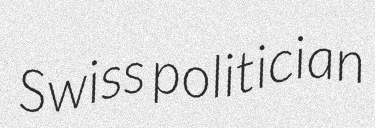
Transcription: Swiss politician